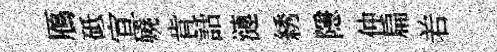
鴈砥宣嬈肯話漣綉隱仲扁𠰥